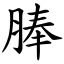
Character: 䏾